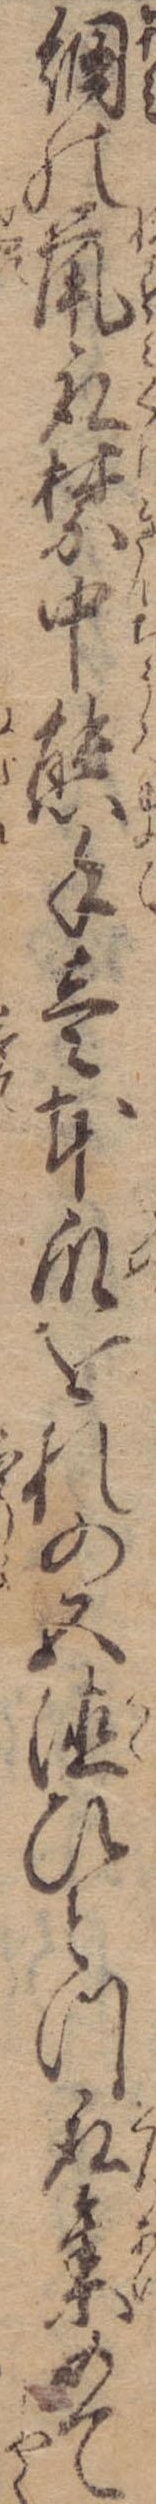
網の鼠取禁中熊手壱本爪をれの五徳ひとつ取集めて